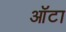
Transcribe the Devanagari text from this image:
ऑटा